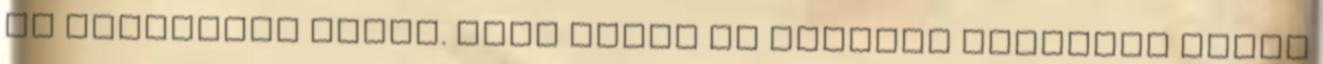
és energikus nagyi. Mert nincs is nagyobb dicsőség annál